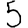
Digit: 5